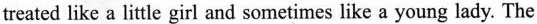
treated like a little girl and sometimes like a young lady. The